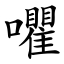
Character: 㘗